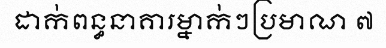
ដាក់ពន្ធនាគារម្នាក់ៗប្រមាណ ៧